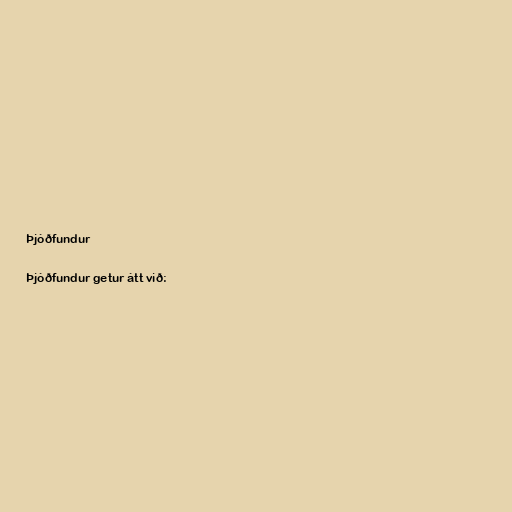
Þjóðfundur

Þjóðfundur getur átt við: